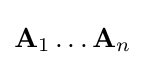
\mathbf {A} _{1}\dots \mathbf {A} _{n}